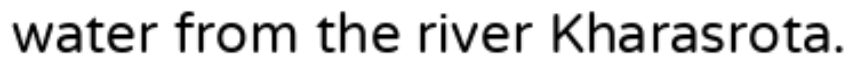
water from the river Kharasrota.